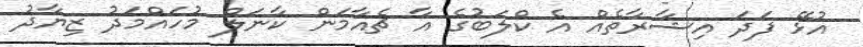
އުޅޭ ފަދަ އިޝާރާތެއް އެ ކްލަބުގެ އާ ޗެއާމަން ކާނަލް މުހައްމަދު ޒިޔާދު